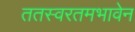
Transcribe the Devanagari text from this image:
ततस्वरतमभावेन